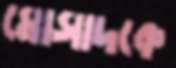
মোসাদকে